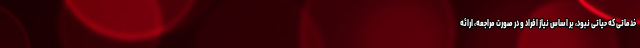
خدماتی که حیاتی نبود، بر اساس نیاز افراد و در صورت مراجعه، ارائه